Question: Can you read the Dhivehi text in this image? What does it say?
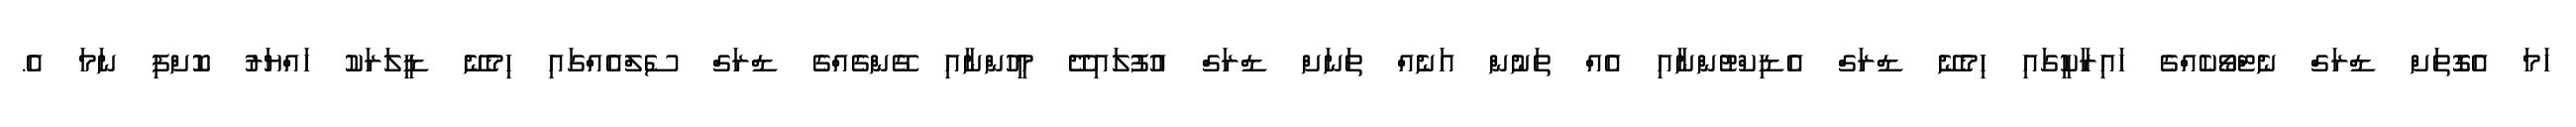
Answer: ހަމަ އެގޮތަށް ޑްރަގް ނެޓްވޯކެއްގެ ހައިރާކީގައި ހިމެނޭ ޑްރަގް އެޑިކްޓުންނާއި އެއް ތަނުން އަނެއް ތަނަށް ޑްރަގް އުފުލައިދޭ މީހުންނާއި ގޭންގެއްގެ ޑްރަގް ސެލްއެއްގައި ހިމެނޭ ޑީލަރަކު ހައްޔަރު ކޮށްފި ނަމަ އެ.